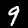
Label: 9